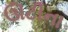
ઊટીના